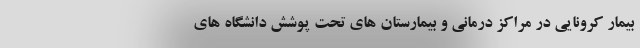
بیمار کرونایی در مراکز درمانی و بیمارستان های تحت پوشش دانشگاه های